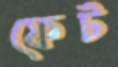
ফেট